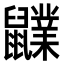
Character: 𪖊